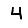
Digit: 4